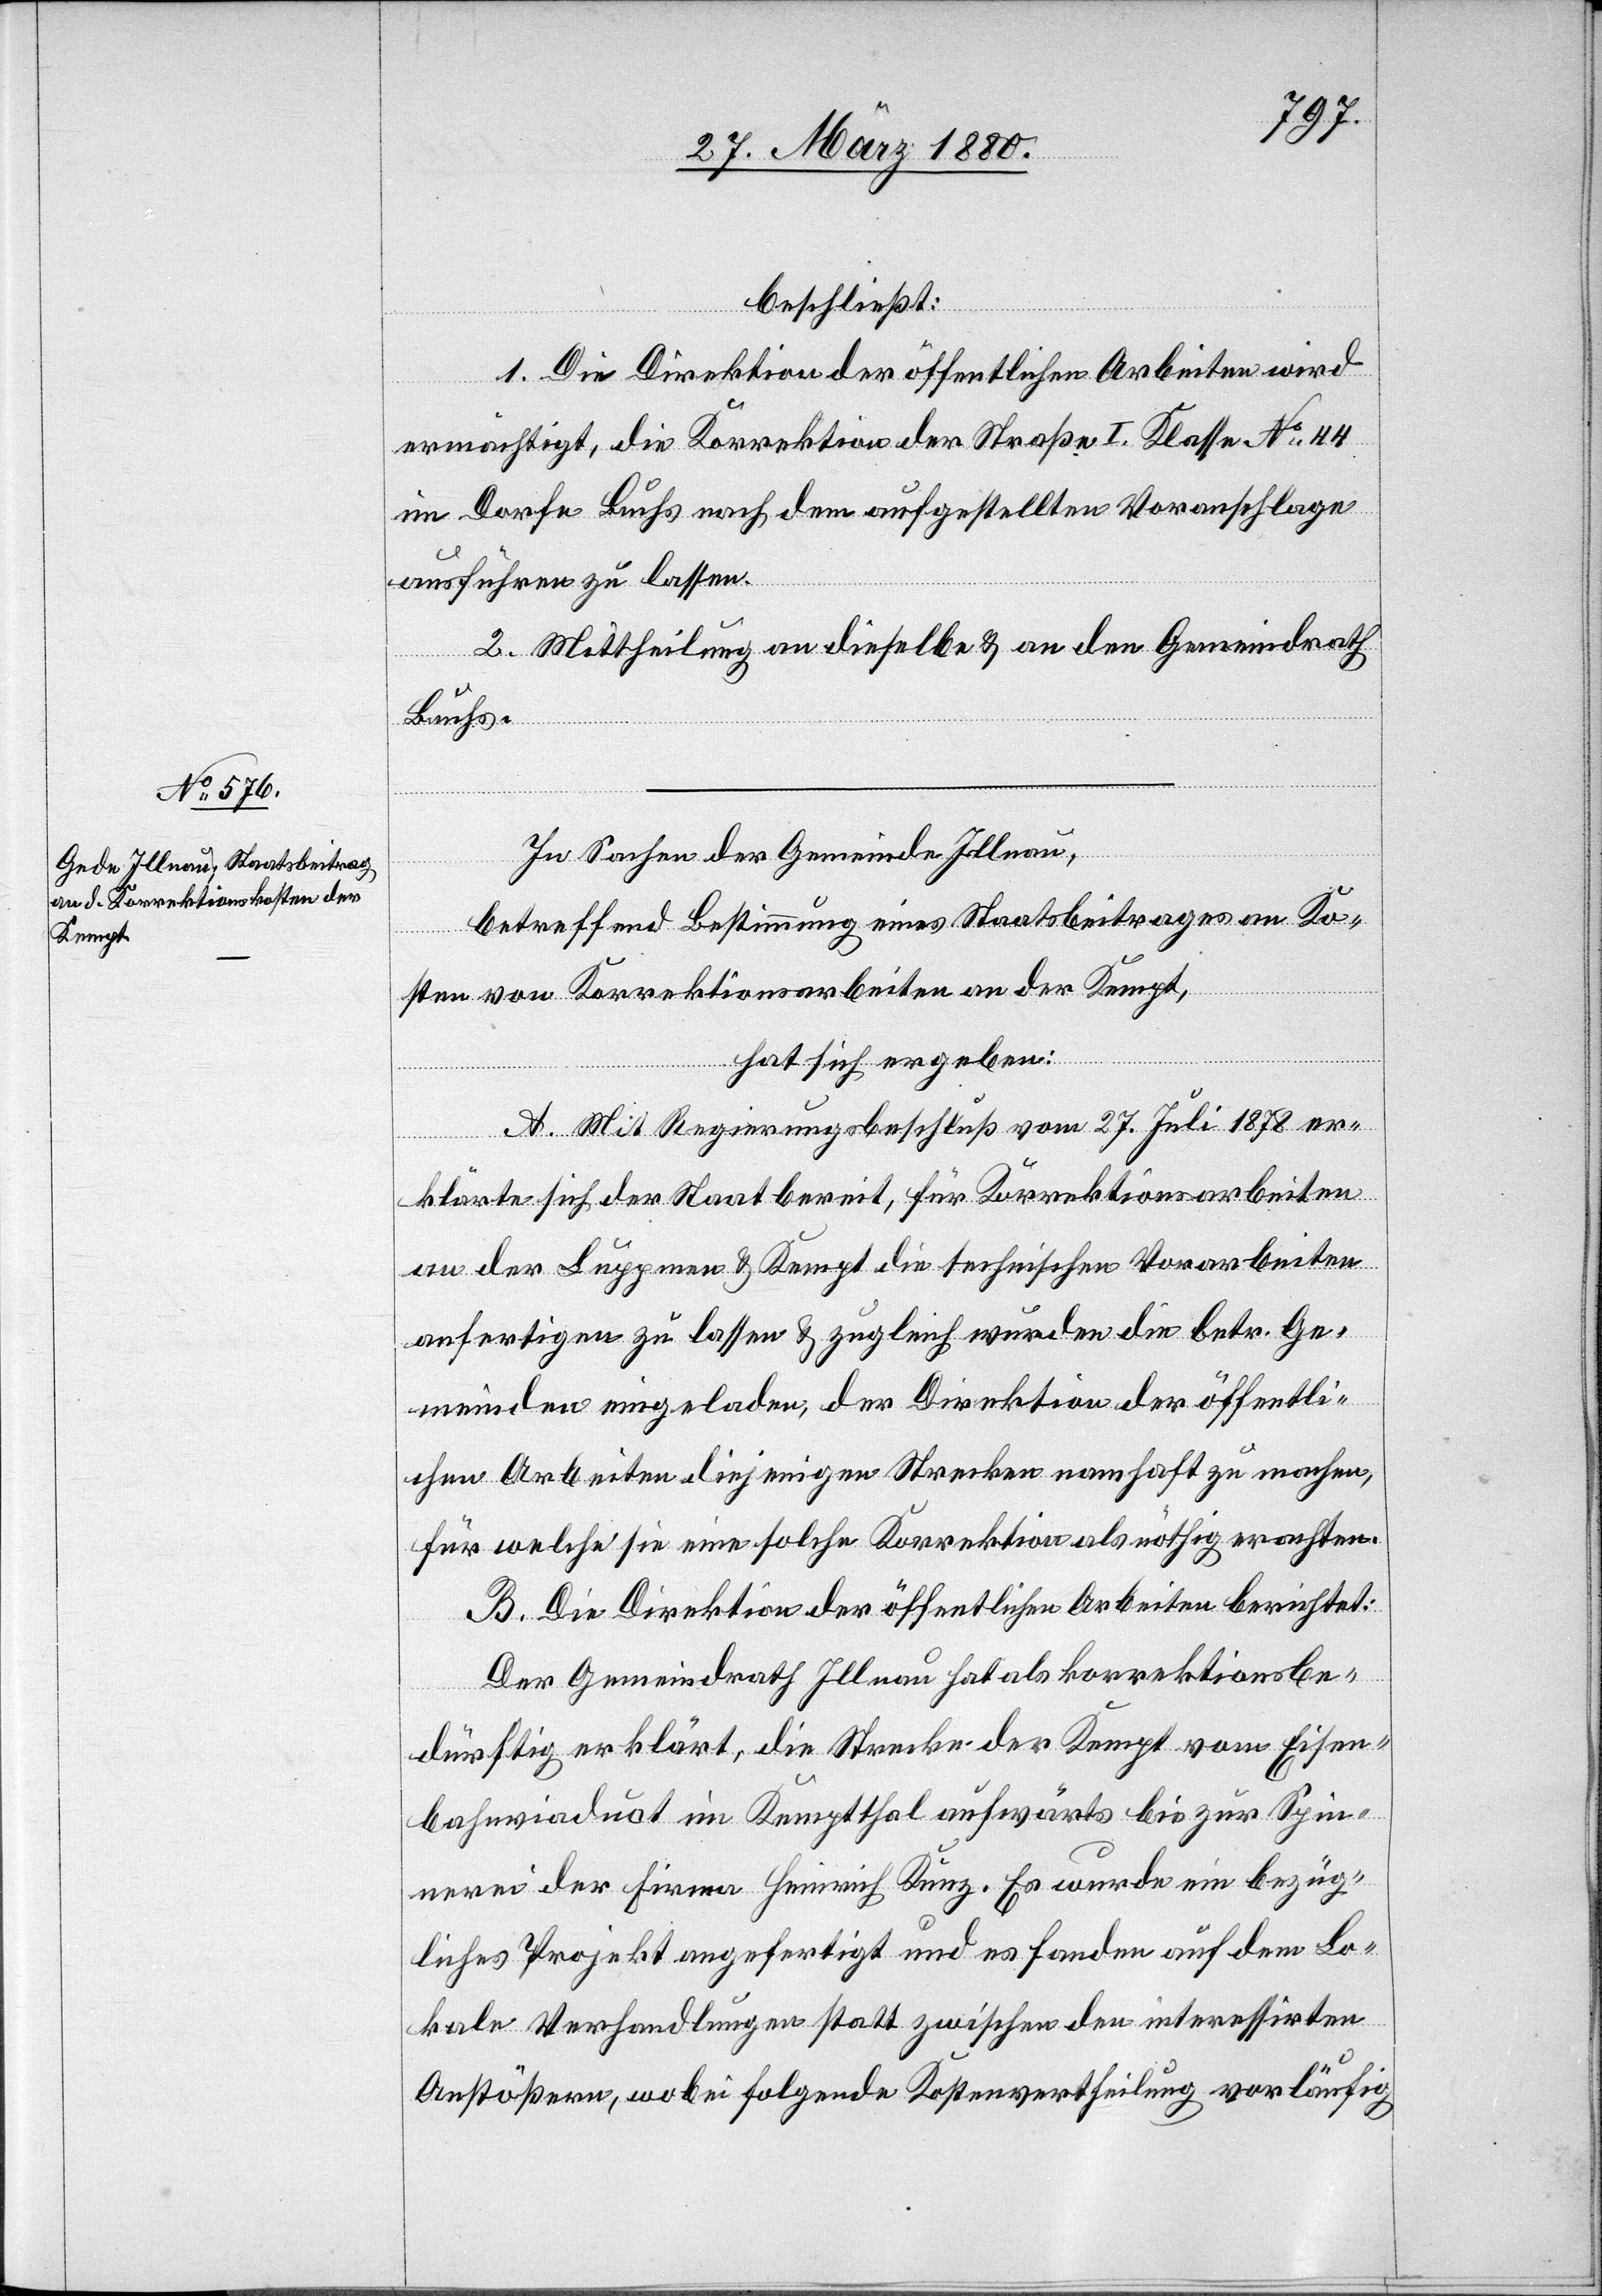
beschließt:
1. Die Direktion der öffentlichen Arbeiten wird
ermächtigt, die Korrektion der Straße I. Klasse No 44
im Dorfe Buchs nach dem aufgestellten Voranschlage
ausführen zu lassen.
2. Mittheilung an dieselbe & an den Gemeindrath
Buchs.
In Sachen der Gemeinde Illnau,
betreffend Bestimmung eines Staatsbeitrages an Ko¬
sten von Korrektionsarbeiten an der Kempt,
hat sich ergeben:
A. Mit Regierungsbeschluß vom 27. Juli 1878 er¬
klärte sich der Staat bereit, für Korrektionsarbeiten
an der Luppmen & Kempt die technischen Vorarbeiten
anfertigen zu lassen & zugleich wurden die betr. Ge¬
meinden eingeladen, der Direktion der öffentli¬
chen Arbeiten diejenigen Strecken namhaft zu machen,
für welche sie eine solche Korrektion als nöthig erachten.
B. Die Direktion der öffentlichen Arbeiten berichtet:
Der Gemeindrath Illnau hat als korrektionsbe¬
dürftig erklärt, die Strecke der Kempt vom Eisen¬
bahnviadukt im Kemptthal aufwärts bis zur Spin¬
nerei der Firma Heinrich Kunz. Es wurde ein bezüg¬
liches Projekt angefertigt und es fanden auf dem Lo¬
kale Verhandlungen statt zwischen den interessirten
Anstößern, wobei folgende Kostenvertheilung vorläufig